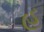
હૂ